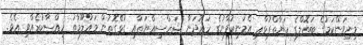
މިނިވަންކަމުގެ ބަތޮލްގެ ހަޔާތްޕުޅާއި އެމަނިކުފާނުގެ ހަރުދަނާ ޝަޚްސިއްޔަތާއި ގުޅޭގޮތުން މައުލޫމާތު ހިއްސާކުރެއްވި އެވެ.